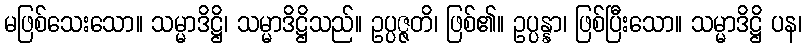
မဖြစ်သေးသော။ သမ္မာဒိဋ္ဌိ၊ သမ္မာဒိဋ္ဌိသည်။ ဥပ္ပဇ္ဇတိ၊ ဖြစ်၏။ ဥပ္ပန္နာ၊ ဖြစ်ပြီးသော။ သမ္မာဒိဋ္ဌိ ပန၊